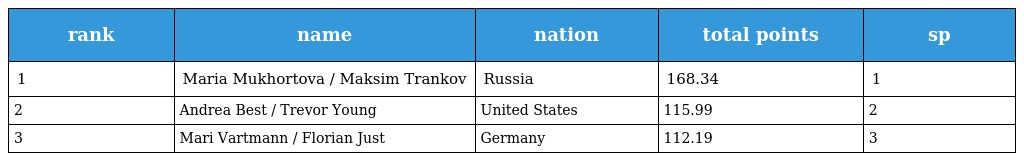
| rank | name | nation | total points | sp |
 | --- | --- | --- | --- | --- |
 | 1 | Maria Mukhortova / Maksim Trankov | Russia | 168.34 | 1 |
 | 2 | Andrea Best / Trevor Young | United States | 115.99 | 2 |
 | 3 | Mari Vartmann / Florian Just | Germany | 112.19 | 3 |